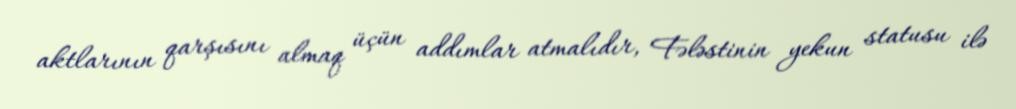
aktlarının qarşısını almaq üçün addımlar atmalıdır, Fələstinin yekun statusu ilə